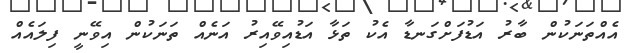
އެއްތަނަކުން ބާރު އަޑުފަށްގަނޑާ އެކު ތަޅާ އަޑުއިވޭއިރު އަނެއް ތަނަކުން އިވޭނީ ފިލައެއް